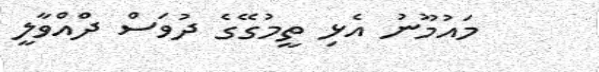
މައުމޫނު އެޅި ތީމުގޭގެ ދުވަސް ދުްއްވާލީ